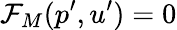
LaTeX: \mathcal{F}_{M}(p^{\prime},u^{\prime})=0